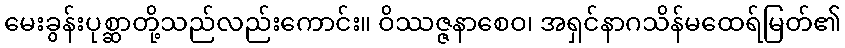
မေးခွန်းပုစ္ဆာတို့သည်လည်းကောင်း။ ဝိဿဇ္ဇနာစေဝ၊ အရှင်နာဂသိန်မထေရ်မြတ်၏